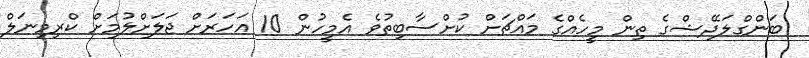
ބަންގްލަދޭޝްގެ ތިން މީހެއްގެ މައްޗަށް ކުށްސާބިތުވެ އެމީހުން 10 އަހަރަށް ޖަލަށްލުމަށް ކްރިމިނަލް